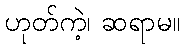
ဟုတ်ကဲ့၊ ဆရာမ။